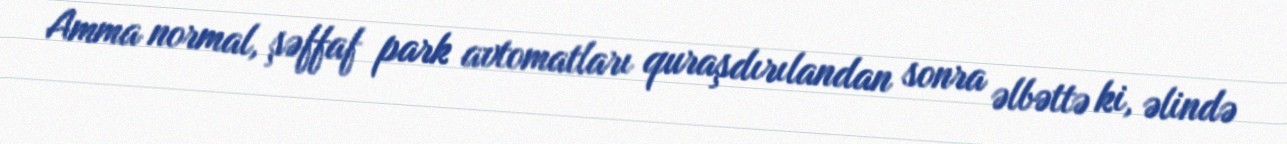
Amma normal, şəffaf park avtomatları quraşdırılandan sonra əlbəttə ki, əlində